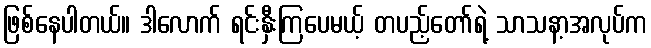
ဖြစ်နေပါတယ်။ ဒါလောက် ရင်းနှီးကြပေမယ့် တပည့်တော်ရဲ့ သာသနာ့အလုပ်က